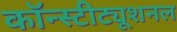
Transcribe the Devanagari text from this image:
कॉन्स्टीट्यूशनल